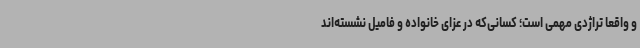
و واقعا تراژدی مهمی است؛ کسانی‌که در عزای خانواده و فامیل نشسته‌اند